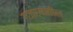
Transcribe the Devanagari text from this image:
गजर्‍यातील